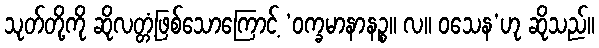
သုတ်တို့ကို ဆိုလတ္တံ့ဖြစ်သောကြောင့် ‘ဝက္ခမာနာနဉ္စ။ လ။ ဝသေန’ဟု ဆိုသည်။